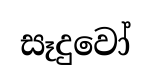
සෑදුවෝ